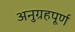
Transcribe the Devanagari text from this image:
अनुग्रहपूर्ण